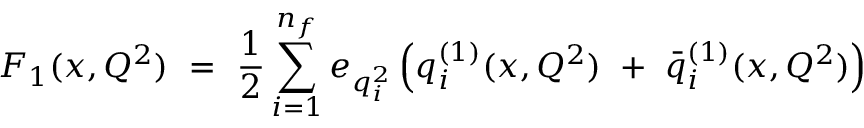
F _ { 1 } ( x , Q ^ { 2 } ) ~ = ~ { \frac { 1 } { 2 } } \sum _ { i = 1 } ^ { n _ { f } } e _ { q _ { i } ^ { 2 } } \left( q _ { i } ^ { ( 1 ) } ( x , Q ^ { 2 } ) ~ + ~ { \bar { q } } _ { i } ^ { ( 1 ) } ( x , Q ^ { 2 } ) \right)